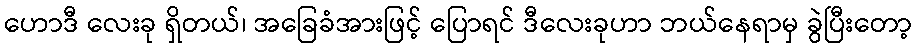
ဟောဒီ လေးခု ရှိတယ်၊ အခြေခံအားဖြင့် ပြောရင် ဒီလေးခုဟာ ဘယ်နေရာမှ ခွဲပြီးတော့